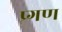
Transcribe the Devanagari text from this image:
प्र्गण